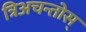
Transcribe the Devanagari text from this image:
त्रिअचन्तोस्